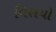
વિશયો